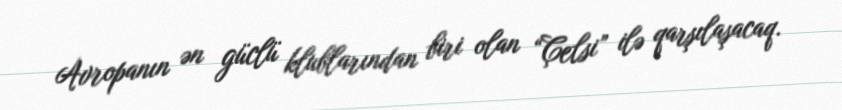
Avropanın ən güclü klublarından biri olan “Çelsi” ilə qarşılaşacaq.